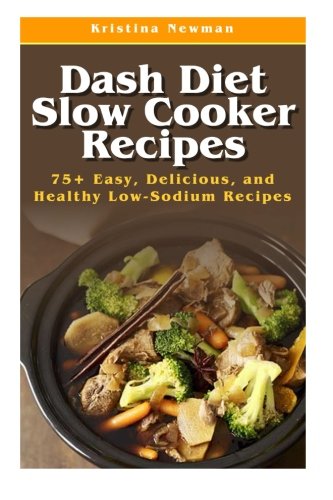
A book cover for Dash Diet Slow Cooker Recipes: Top 75 Easy, Delicious, and Healthy Low-Sodium Recipes (Dash Diet, Dash Diet Slow Cooker, Dash Diet Crock Pot Recipes, Dash Diet Cookbook); Kristina Newman; Cookbooks, Food & Wine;